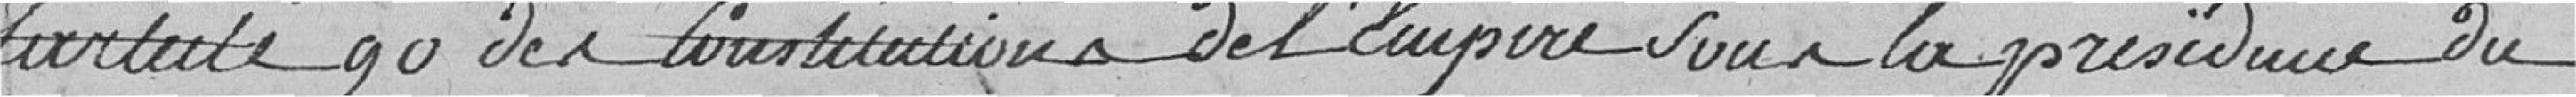
l'article 90 de la constitution de l'Empire sous la Présidence du